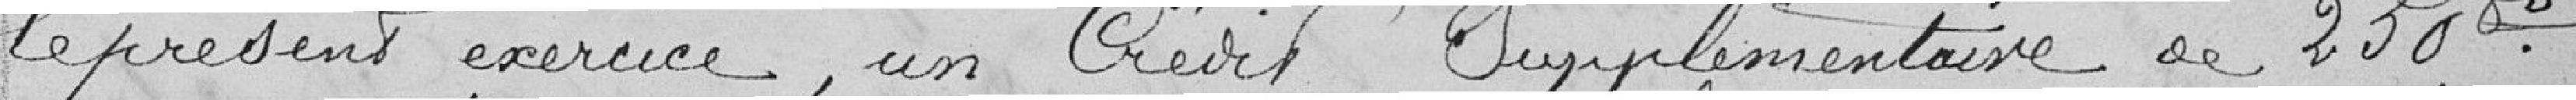
le présent exercice, un crédit supplémentaire de 250 francs